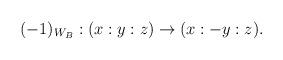
LaTeX: \begin{align*}(-1)_{W_B} : (x:y:z) \to (x:-y:z).\end{align*}